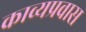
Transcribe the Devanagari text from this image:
काव्यप्रवास